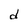
Character: d